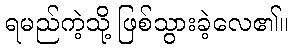
ရမည်ကဲ့သို့ ဖြစ်သွားခဲ့လေ၏။